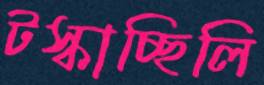
টস্‌কাচ্ছিলি